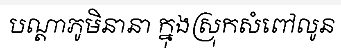
បណ្តាភូមិនានា ក្នុងស្រុកសំពៅលូន